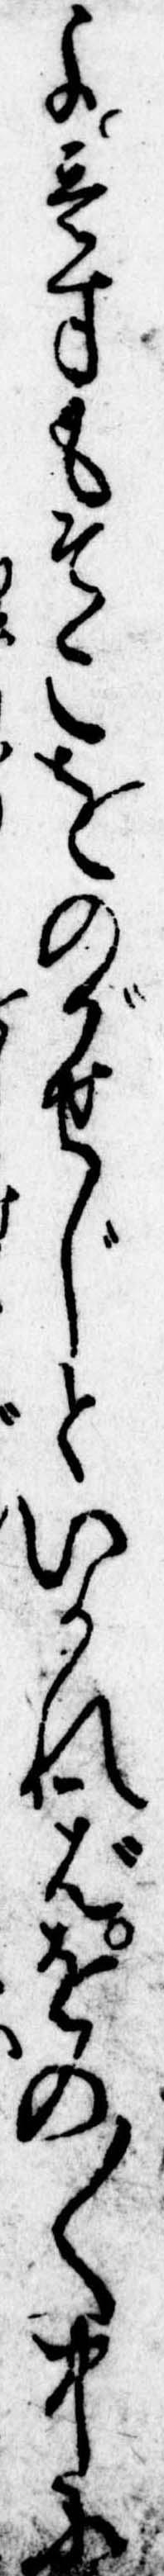
よ壱寸もそこをのがせじといかればをの〱中に